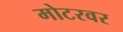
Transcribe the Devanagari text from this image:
मोटरवर